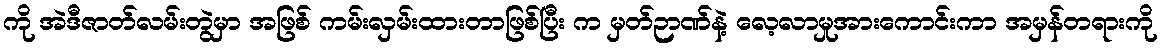
ကို အဲဒီဇာတ်လမ်းတွဲမှာ အဖြစ် ကမ်းလှမ်းထားတာဖြစ်ပြီး က မှတ်ဉာဏ်နဲ့ လေ့လာမှုအားကောင်းကာ အမှန်တရားကို